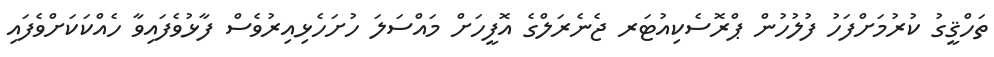
ތަހްޤީގު ކުރުމަށްފަހު ފުލުހުން ޕްރޮސެކިއުޓަރ ޖެނެރަލްގެ އޮފީހަށް މައްސަލަ ހުށަހެޅިއިރުވެސް ފާޅުވެފައިވާ ހެއްކަކަށްވެފައި